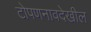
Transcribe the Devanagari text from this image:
टोपणनावदेखील